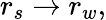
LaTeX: r_{s}\rightarrow r_{w},